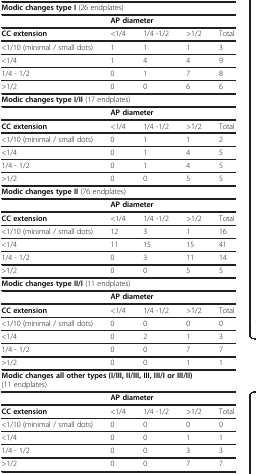
| <COLSPAN=5> Modic changes type I (26 endplates) |
 |  | <COLSPAN=4> AP diameter |
 | --- | --- | --- | --- | --- |
 | CC extension | <1/4 | 1/4 -1/2 | >1/2 | Total |
 | <1/10 (minimal / small dots) | 1 | 1 | 1 | 3 |
 | <1/4 | 1 | 4 | 4 | 9 |
 | 1/4 - 1/2 | 0 | 1 | 7 | 8 |
 | >1/2 | 0 | 0 | 6 | 6 |
 | <COLSPAN=5> Modic changes type I/II (17 endplates) |
 |  | <COLSPAN=4> AP diameter |
 | CC extension | <1/4 | 1/4 -1/2 | >1/2 | Total |
 | <1/10 (minimal / small dots) | 0 | 1 | 1 | 2 |
 | <1/4 | 0 | 1 | 4 | 5 |
 | 1/4 - 1/2 | 0 | 1 | 4 | 5 |
 | >1/2 | 0 | 0 | 5 | 5 |
 | <COLSPAN=5> Modic changes type II (76 endplates) |
 |  | <COLSPAN=4> AP diameter |
 | CC extension | <1/4 | 1/4 -1/2 | >1/2 | Total |
 | <1/10 (minimal / small dots) | 12 | 3 | 1 | 16 |
 | <1/4 | 11 | 15 | 15 | 41 |
 | 1/4 - 1/2 | 0 | 3 | 11 | 14 |
 | >1/2 | 0 | 0 | 5 | 5 |
 | <COLSPAN=5> Modic changes type II/I (11 endplates) |
 |  | <COLSPAN=4> AP diameter |
 | CC extension | <1/4 | 1/4 -1/2 | >1/2 | Total |
 | <1/10 (minimal / small dots) | 0 | 0 | 0 | 0 |
 | <1/4 | 0 | 2 | 1 | 3 |
 | 1/4 - 1/2 | 0 | 0 | 7 | 7 |
 | >1/2 | 0 | 0 | 1 | 1 |
 | <COLSPAN=5> Modic changes all other types (I/III, II/III, III, III/I or III/II) (11 endplates) |
 |  | <COLSPAN=4> AP diameter |
 | CC extension | <1/4 | 1/4 -1/2 | >1/2 | Total |
 | <1/10 (minimal / small dots) | 0 | 0 | 0 | 0 |
 | <1/4 | 0 | 0 | 1 | 1 |
 | 1/4 - 1/2 | 0 | 0 | 3 | 3 |
 | >1/2 | 0 | 0 | 7 | 7 |